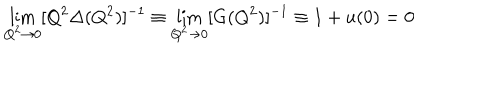
\lim _ { Q ^ { 2 } \rightarrow 0 } [ Q ^ { 2 } \Delta ( Q ^ { 2 } ) ] ^ { - 1 } \equiv \lim _ { Q ^ { 2 } \rightarrow 0 } [ G ( Q ^ { 2 } ) ] ^ { - 1 } \equiv 1 + u ( 0 ) = 0